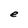
Character: e